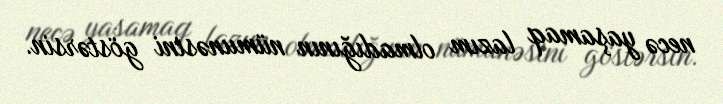
necə yaşamaq lazım olmadığının nümunəsini göstərsin.